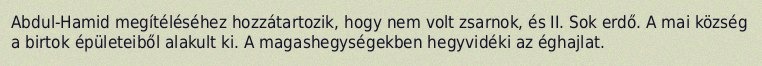
Abdul-Hamid megítéléséhez hozzátartozik, hogy nem volt zsarnok, és II. Sok erdő. A mai község a birtok épületeiből alakult ki. A magashegységekben hegyvidéki az éghajlat.